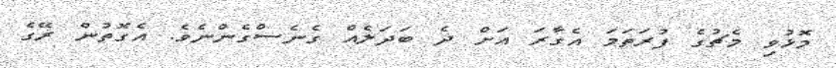
މޮޅުވި މެޗުގެ ފުރަތަމަ އެގާރަ އަށް ދެ ބަދަލެއް ގެނެސްގެންނެވެ. އެގޮތުން ރޭގެ